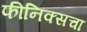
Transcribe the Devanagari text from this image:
फीनिक्सचा